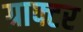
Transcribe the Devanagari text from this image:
ग्राफ्टर